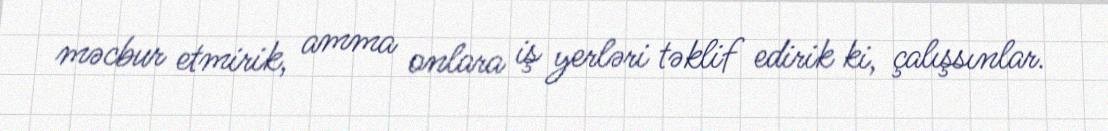
məcbur etmirik, amma onlara iş yerləri təklif edirik ki, çalışsınlar.